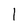
Character: l